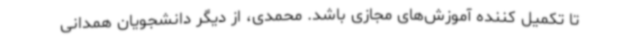
تا تکمیل کننده آموزش‌های مجازی باشد. محمدی، از دیگر دانشجویان همدانی